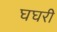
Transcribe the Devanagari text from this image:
घघरी